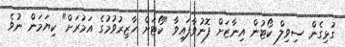
ގުޅިގެން ސިވިލް ކޯޓުން އިނާޒަށް ފޮނުވާފައިވާ "ކޯޓަށް ހާޒިރުވުމުގެ އަމުރަށް" ކިޔަމަން ނުވެ